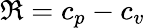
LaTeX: \mathfrak{R}=c_{p}-c_{v}